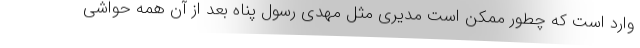
وارد است که چطور ممکن است مدیری مثل مهدی رسول پناه بعد از آن همه حواشی